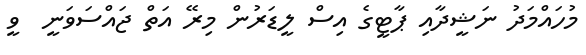
މުހައްމަދު ނަޝީދާއި ޕާޓީގެ އިސް ލީޑަރުން މިރޭ އަތް ޖައްސަވަނީ  ވީ